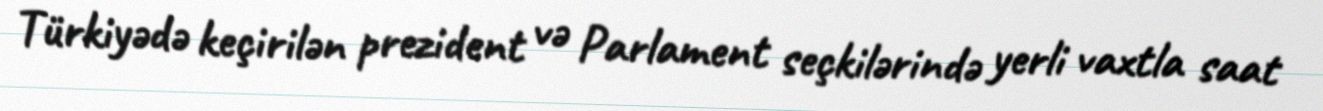
Türkiyədə keçirilən prezident və Parlament seçkilərində yerli vaxtla saat